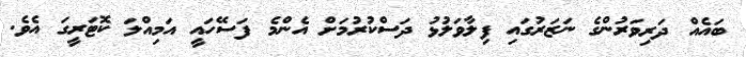
ބައެއް ދަރިވަރުންގެ ނަޒަރުގައި ފިލާވަލުޅު ދަސްކުރުމަށް އެންމެ ފަސޭހައީ އަމިއްލަ ކޮޓަރީގަ އެވެ.